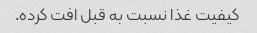
کیفیت غذا نسبت به قبل افت کرده.